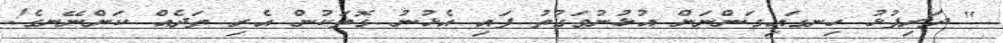
" ދަރިފުޅު ހިނގައިގަންނަން އުޅުނުވަގުތު ފައި އެޅުނު ގޮތަކުން އެރި ތަދެއް ކަންނޭނގެ!